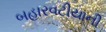
બહારવટીયાની